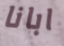
ابانا